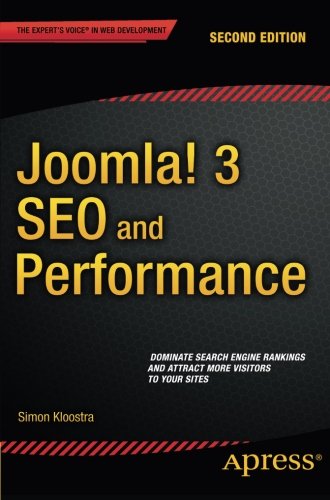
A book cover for Joomla! 3 SEO and Performance; Simon Kloostra; Computers & Technology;